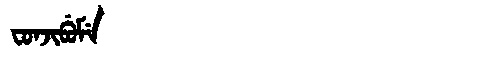
Manchu: ᠸᠣᠨᠵᡳᠪᡠᠮᡝ
Romanization: FONJIBUME